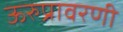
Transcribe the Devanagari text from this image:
ऊरुप्रावरणी